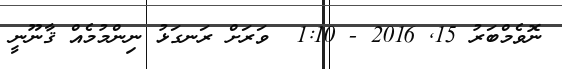
ނޮވެމްބަރު 15